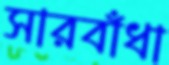
সারবাঁধা